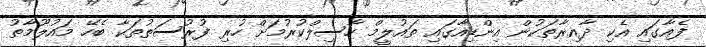
ފެއާގައި އެކި ދާއިރާތަކުން އިންޑިއާގައި ތައުލީމް ހާސިލްކުރުމަށް ހުރި ފުރުސަތުތަކާ ބެހޭ މައުލޫމާތު